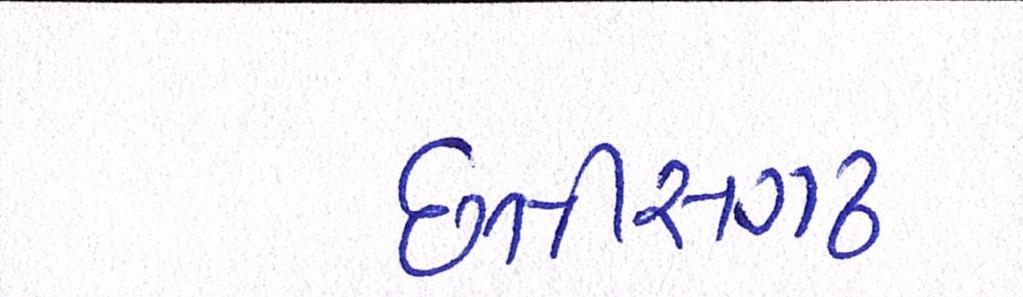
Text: છત્તીસગઢ